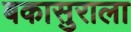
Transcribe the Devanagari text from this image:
बकासुराला